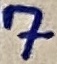
Text: 7